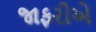
જાફરીએ